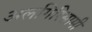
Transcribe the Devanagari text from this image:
अलगिरिसामी